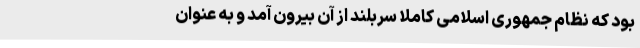
بود که نظام جمهوری اسلامی کاملا سربلند از آن بیرون آمد و به عنوان